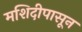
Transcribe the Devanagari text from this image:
मशिदीपासून